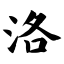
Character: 洛